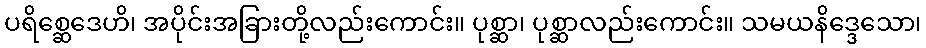
ပရိစ္ဆေဒေဟိ၊ အပိုင်းအခြားတို့လည်းကောင်း။ ပုစ္ဆာ၊ ပုစ္ဆာလည်းကောင်း။ သမယနိဒ္ဒေသော၊